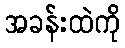
အခန်းထဲကို